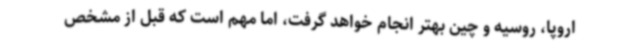
اروپا، روسیه و چین بهتر انجام خواهد گرفت، اما مهم است که قبل از مشخص